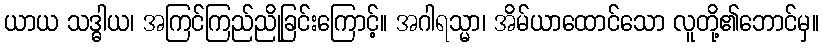
ယာယ သဒ္ဓါယ၊ အကြင်ကြည်ညိုခြင်းကြောင့်။ အဂါရသ္မာ၊ အိမ်ယာထောင်သော လူတို့၏ဘောင်မှ။